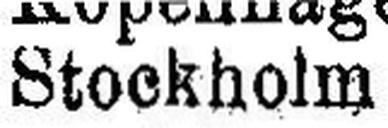
Stockholm